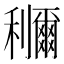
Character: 鿠